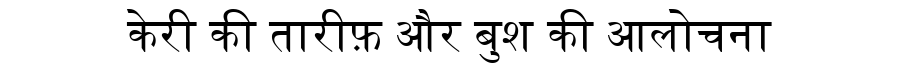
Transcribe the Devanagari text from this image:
केरी की तारीफ़ और बुश की आलोचना